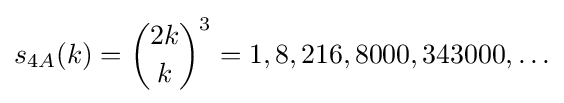
s_{4A}(k)={\binom {2k}{k}}^{3}=1,8,216,8000,343000,\ldots